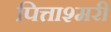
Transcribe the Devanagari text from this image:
पित्ताश्मरी